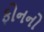
ફોનનો